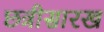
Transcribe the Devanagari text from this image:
छत्रीसारख